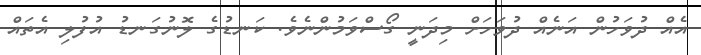
އެއް ދުވަހުން އަނެއް ދުވަހަށް މިދަނީ ގޯސްވަމުންނެވެ. ކަނޑުގެ ލޮނުގަނޑު އުފުލި އެތައް